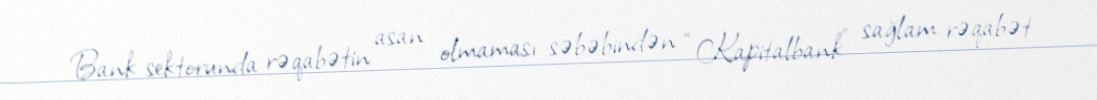
Bank sektorunda rəqabətin asan olmaması səbəbindən “Kapitalbank” sağlam rəqabət